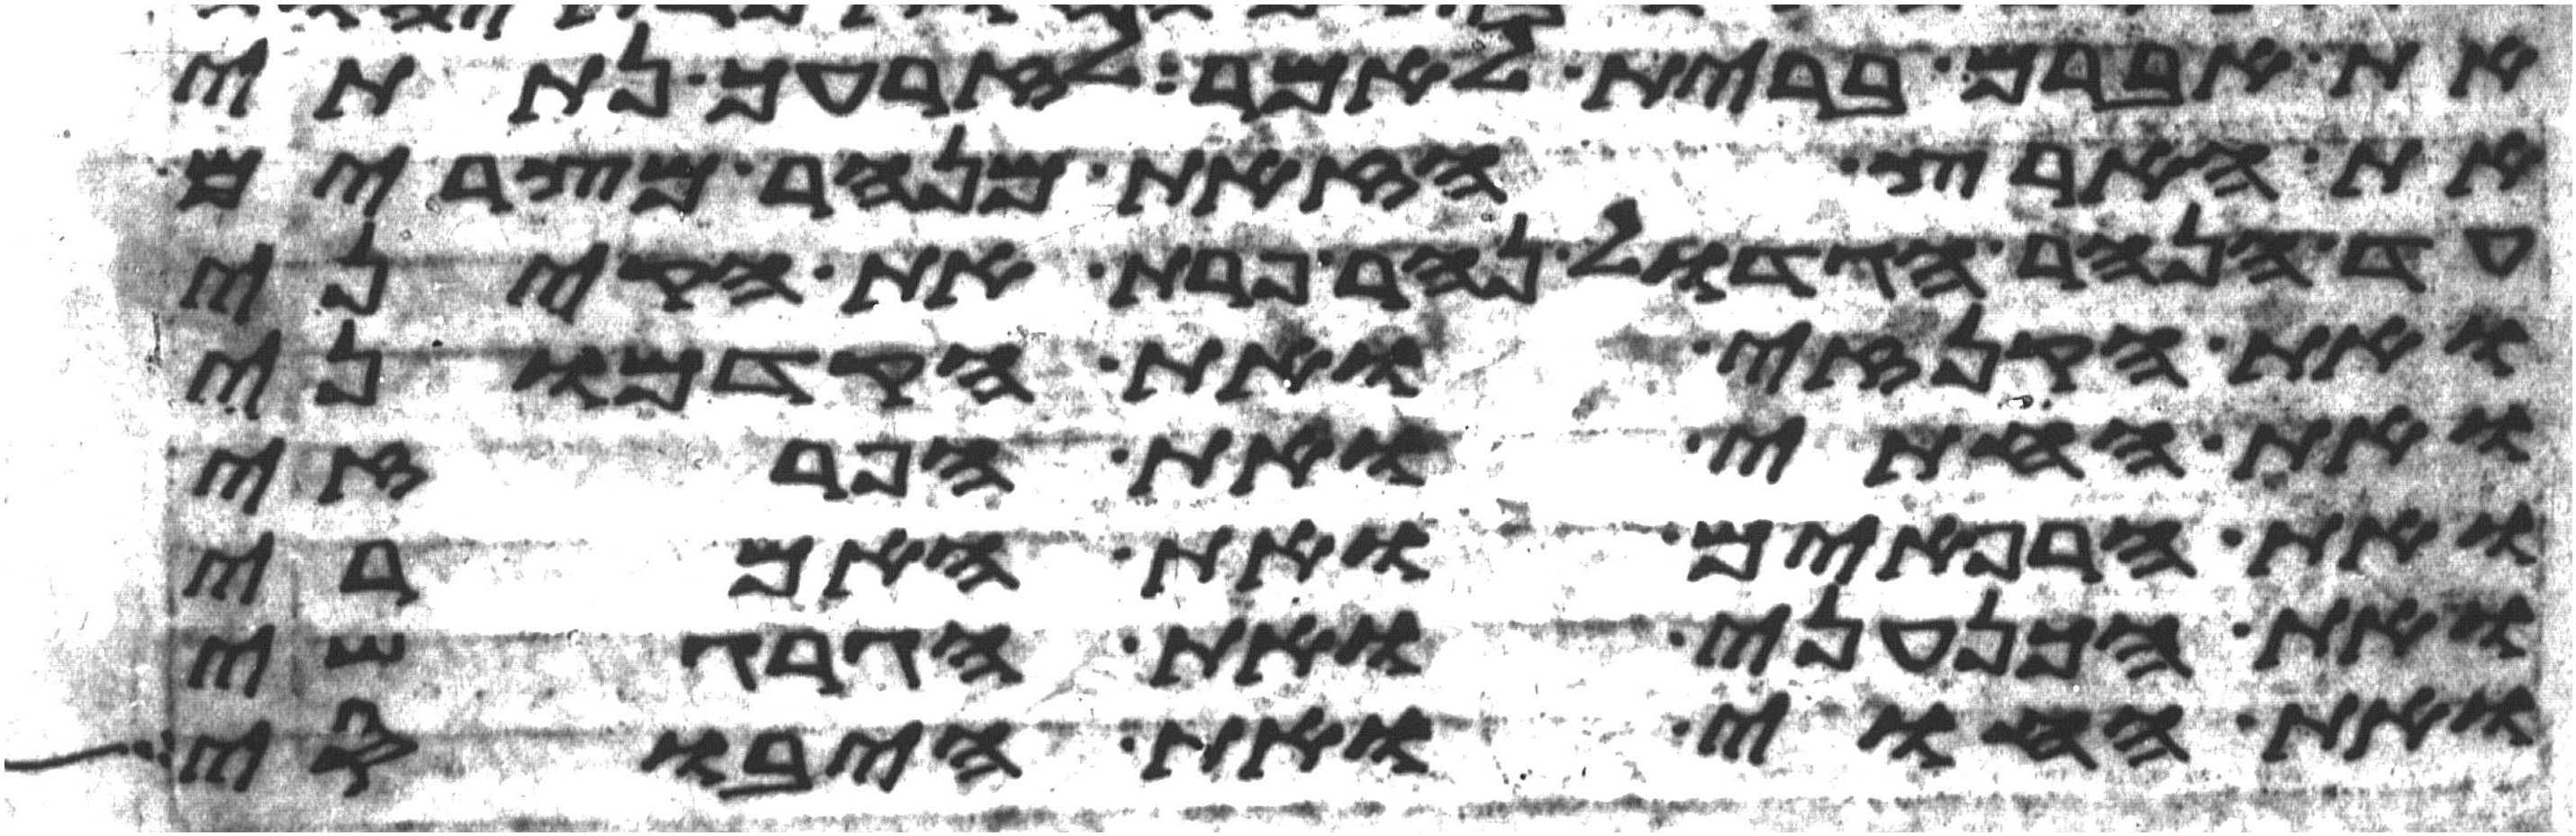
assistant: את אברם ברית לאמר לזרעך נתתי
את הארץ הזאת מנהר מצרים
עד הנהר הגדול נהר פרת את הקיני
ואת הקנזי ואת הקדמוני
ואת החתי ואת הפרזי
ואת הרפאים ואת האמרי
ואת הכנעני ואת הגרגשי
ואת החוי ואת היבוסי